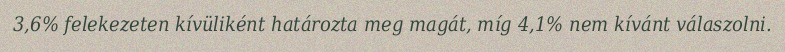
3,6% felekezeten kívüliként határozta meg magát, míg 4,1% nem kívánt válaszolni.